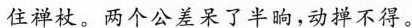
住禅杖。\underline{两个公差呆了半晌，动掸不得。}